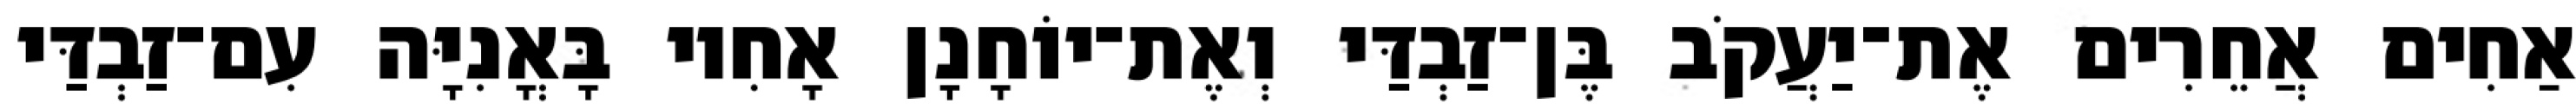
אַחִים אֲחֵרִים אֶת־יַעֲקֹב בֶּן־זַבְדַּי וְאֶת־יוֹחָנָן אָחִיו בָּאֳנִיָּה עִם־זַבְדַּי